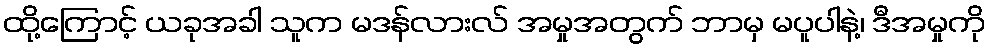
ထို့ကြောင့် ယခုအခါ သူက မဒန်လားလ် အမှုအတွက် ဘာမှ မပူပါနဲ့၊ ဒီအမှုကို